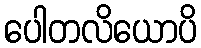
ပေါတလိယောပိ